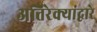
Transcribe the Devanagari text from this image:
अतिरेक्यांद्वारे